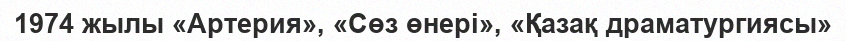
1974 жылы «Артерия», «Сөз өнері», «Қазақ драматургиясы»